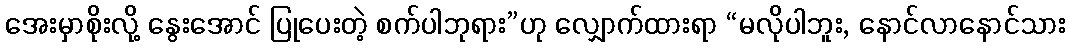
အေးမှာစိုးလို့ နွေးအောင် ပြုပေးတဲ့ စက်ပါဘုရား”ဟု လျှောက်ထားရာ “မလိုပါဘူး, နောင်လာနောင်သား